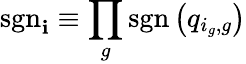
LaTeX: \mathrm{sgn}_{\mathbf i}\equiv\prod_{g}\mathrm{sgn}\left(q_{i_{g},g}\right)